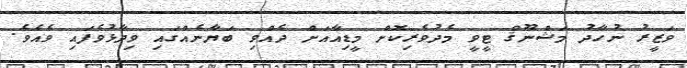
ވަޒީރު ނުހާދު މަޝްނޫޤް ޓީވީ މެދުވެރިކޮށް މީޑިއާއަށް ދެއްވި ބަޔާނެއްގައި ވިދާޅުވެފައި ވެއެވެ.